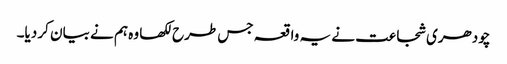
چودھری شجاعت نے یہ واقعہ جس طرح لکھا وہ ہم نے بیان کر دیا۔